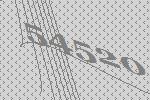
54520